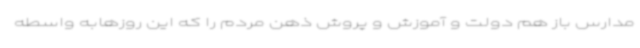
مدارس باز هم دولت و آموزش و پروش ذهن مردم را که این روزهابه واسطه